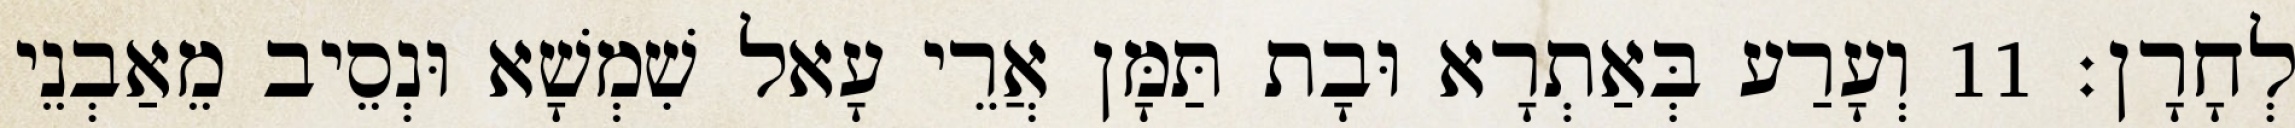
לְחָרָן׃ 11 וְעָרַע בְּאַתְרָא וּבָת תַּמָּן אֲרֵי עָאל שִׁמְשָׁא וּנְסֵיב מֵאַבְנֵי